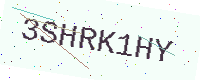
Text: 3SHRK1HY